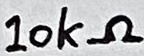
Text: 10kΩ